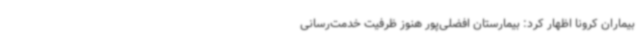
بیماران کرونا اظهار کرد: بیمارستان افضلی‌پور هنوز ظرفیت خدمت‌رسانی